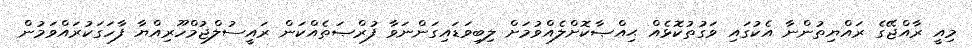
މިއީ ރާއްޖޭގެ ރައްޔިތުންނާ އެކުގައި ވަގުތުކޮޅެއް ޙިއްޞާކޮށްލެއްވުމަށް ލިބިވަޑައިގަންނަވާ ފުރްޞަތެއްކަން ރައީސުލްޖުމްހޫރިއްޔާ ފާހަގަކުރައްވަމުން